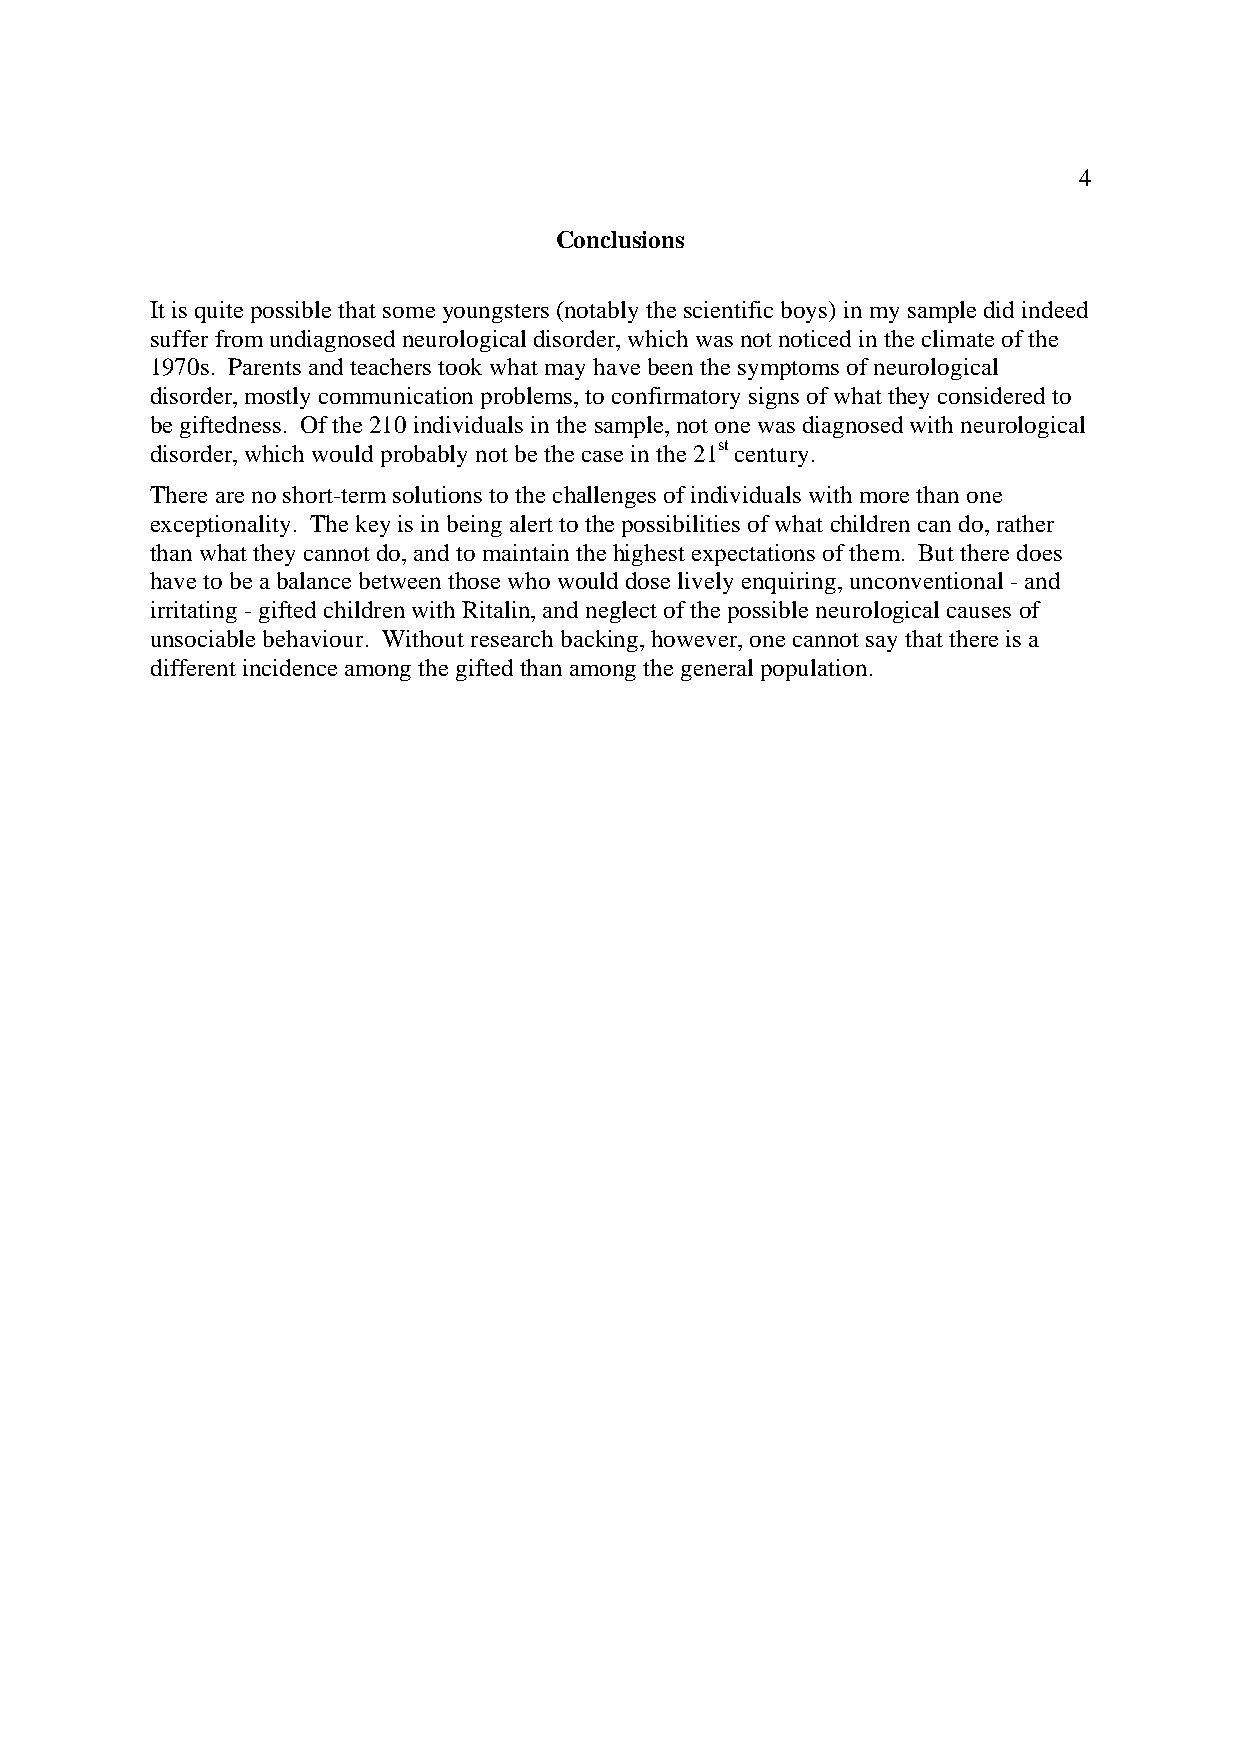
4
 Conclusions
 It is quite possible that some youngsters (notably the scientific boys) in my sample did indeed
 suffer from undiagnosed neurological disorder, which was not noticed in the climate of the
 1970s. Parents and teachers took what may have been the symptoms of neurological
 disorder, mostly communication problems, to confirmatory signs of what they considered to
 be giftedness. Of the 210 individuals in the sample, not one was diagnosed with neurological
 disorder, which would probably not be the case in the 21st century.
 There are no short-term solutions to the challenges of individuals with more than one
 exceptionality. The key is in being alert to the possibilities of what children can do, rather
 than what they cannot do, and to maintain the highest expectations of them. But there does
 have to be a balance between those who would dose lively enquiring, unconventional - and
 irritating - gifted children with Ritalin, and neglect of the possible neurological causes of
 unsociable behaviour. Without research backing, however, one cannot say that there is a
 different incidence among the gifted than among the general population.